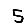
Digit: 5